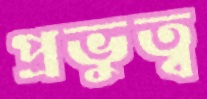
প্রভুত্ব